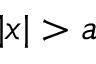
| x | > a